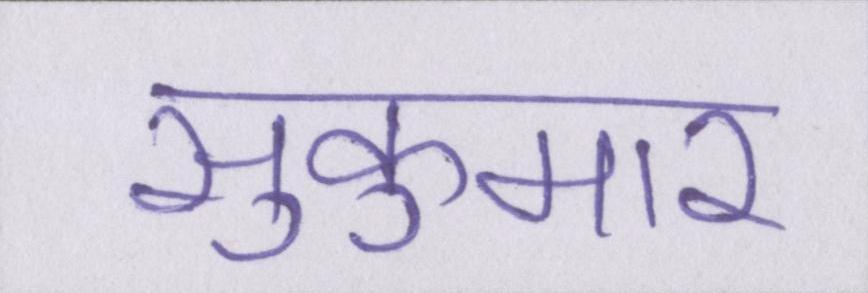
सुकुमार